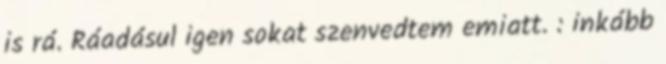
is rá. Ráadásul igen sokat szenvedtem emiatt. : inkább